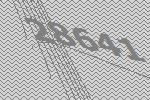
28641